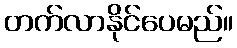
တက်လာနိုင်ပေမည်။